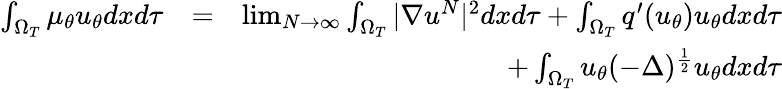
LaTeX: \begin{array}{rlr}{\int_{\Omega_{T}}\mu_{\theta}u_{\theta}dxd\tau}&{=}&{\operatorname*{lim}_{N\rightarrow\infty}\int_{\Omega_{T}}|\nabla u^{N}|^{2}dxd\tau+\int_{\Omega_{T}}q^{\prime}(u_{\theta})u_{\theta}dxd\tau}\\ &{}&{+\int_{\Omega_{T}}u_{\theta}(-\Delta)^{\frac{1}{2}}u_{\theta}dxd\tau}\end{array}